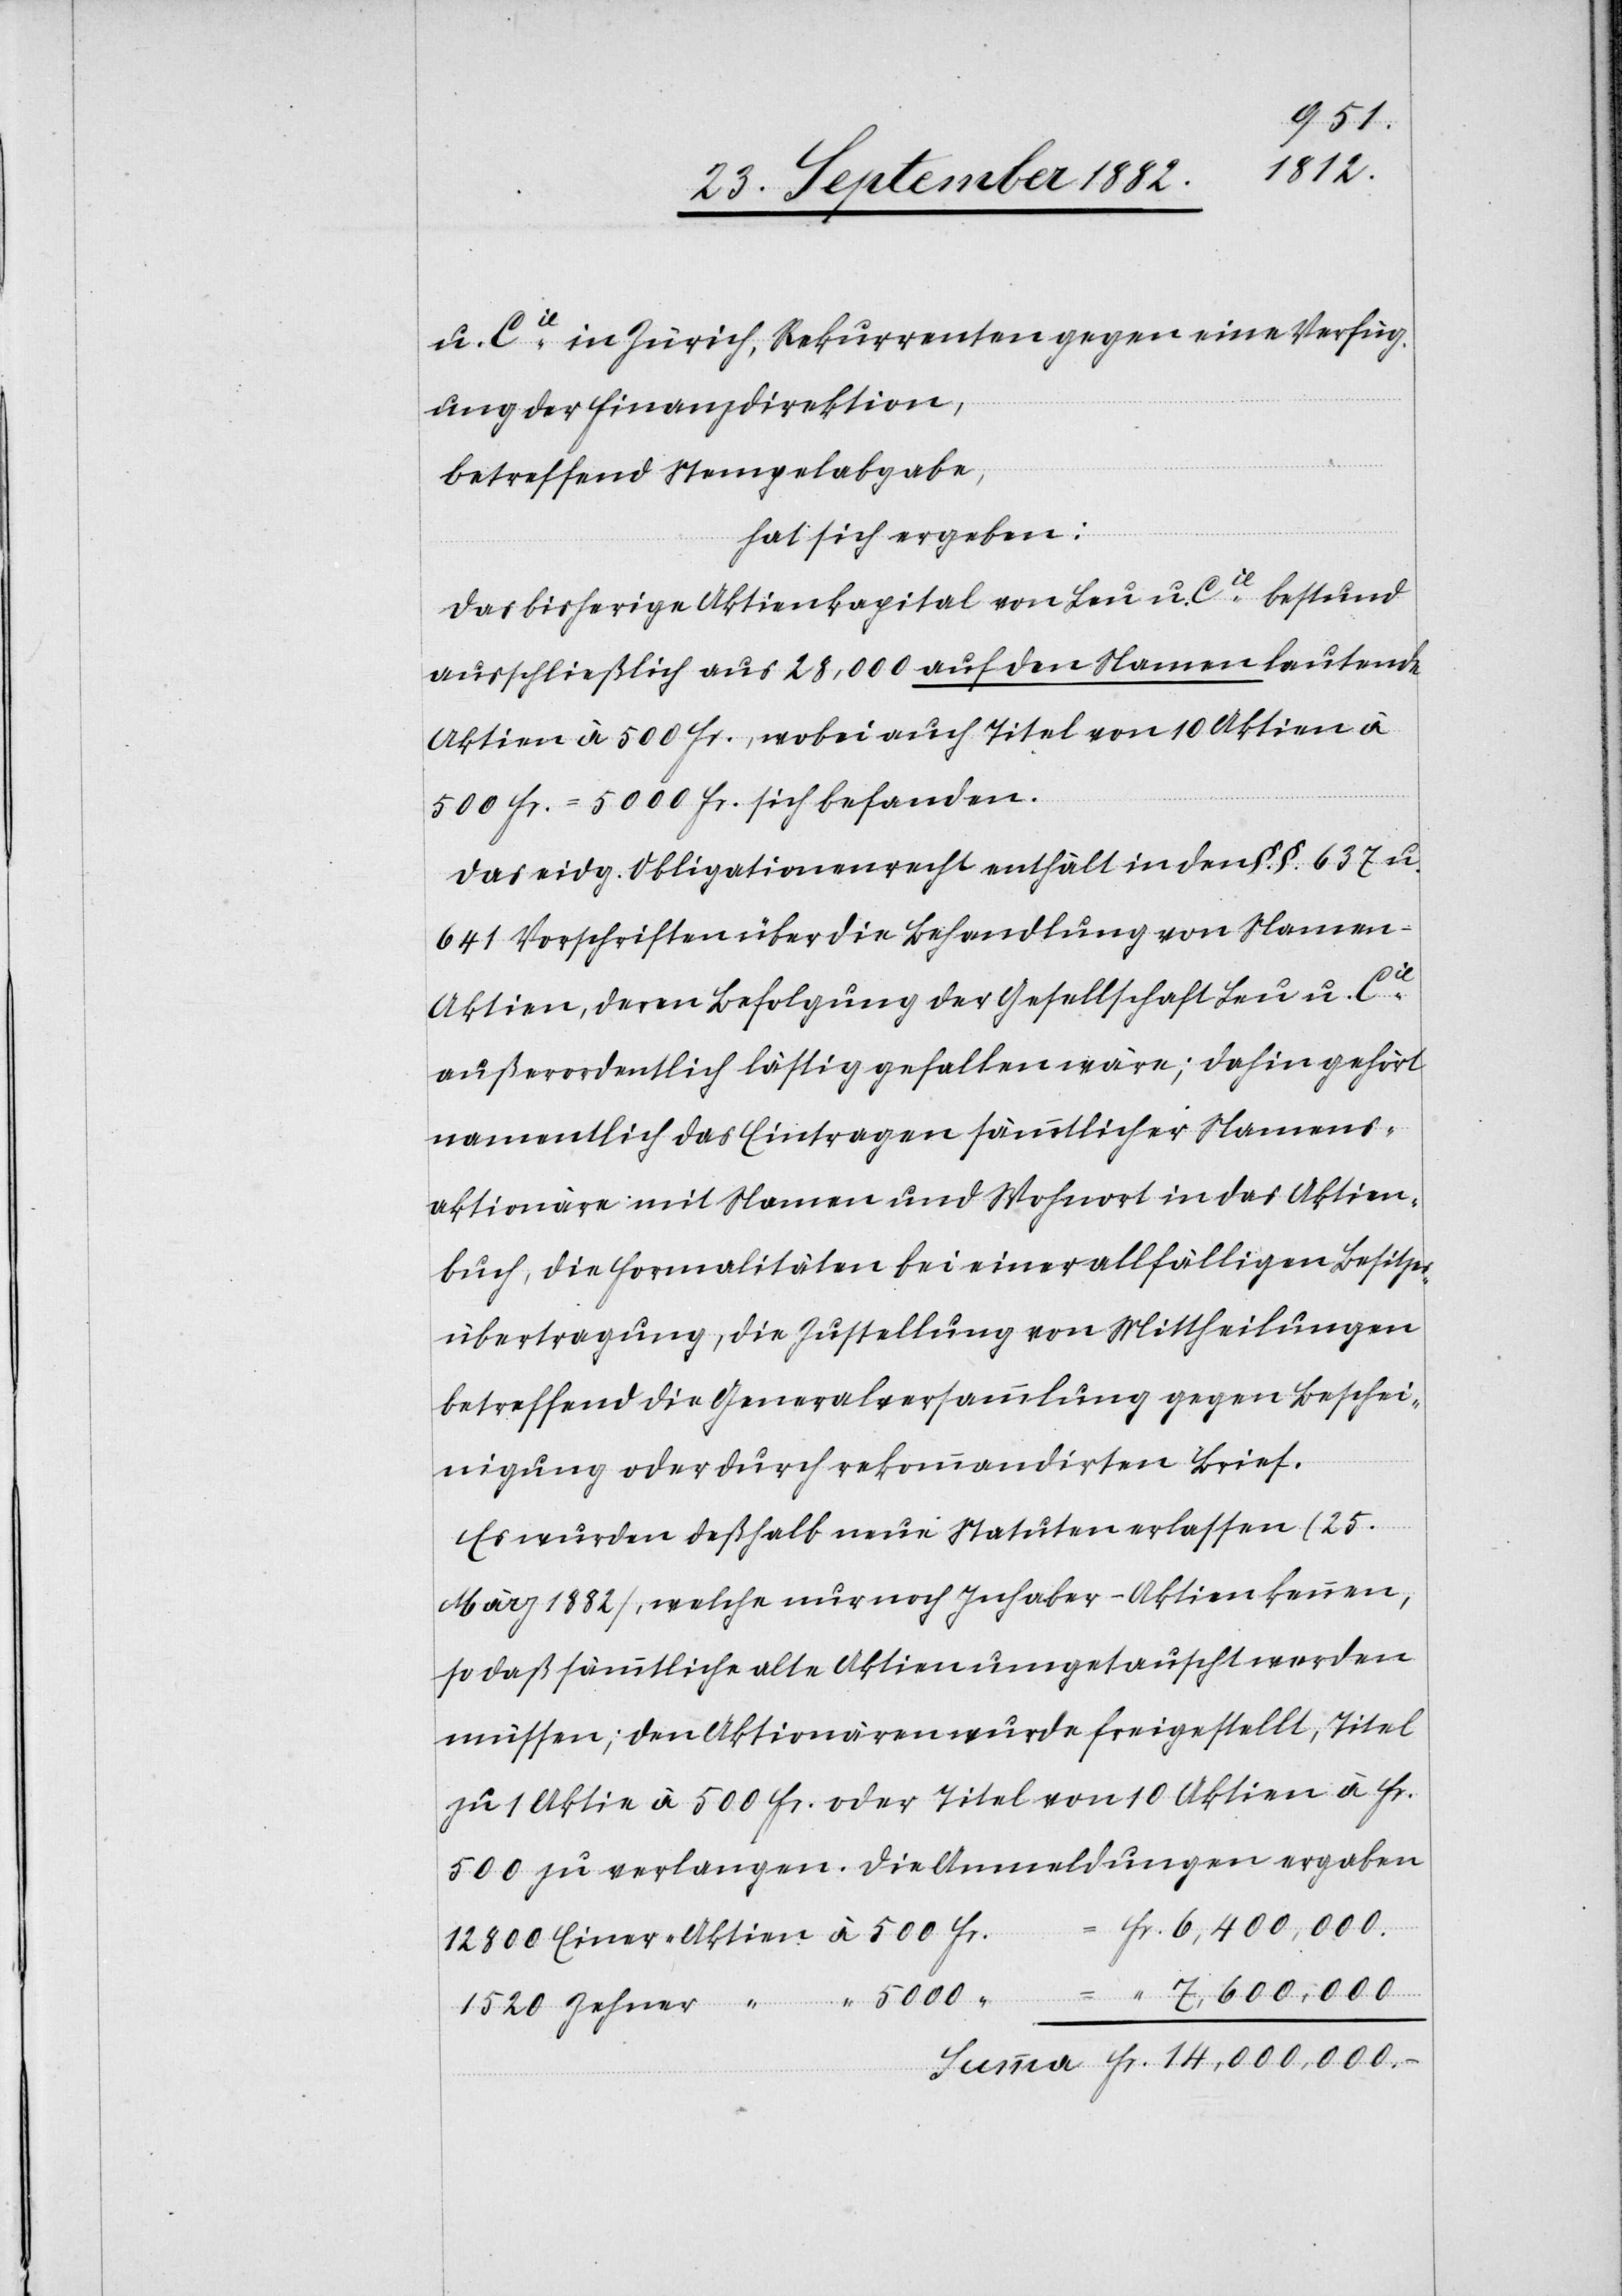
u. Cie in Zürich, Rekurrenten gegen eine Verfüg¬
ung der Finanzdirektion,
betreffend Stempelabgabe,
hat sich ergeben:
Das bisherige Aktienkapital von Leu u. Cie bestund
ausschließlich aus 28,000 auf den Namen lautende
Aktien à 500 Fr., wobei auch Titel von 10 Aktien à
500 Fr. = 5000 Fr. sich befanden.
Das eidg. Obligationenrecht enthält in den §.§. 637 u.
641 Vorschriften über die Behandlung von Name¬
n-Aktien, deren Befolgung der Gesellschaft Leu u. Cie
außerordentlich lästig gefallen wäre; dahin gehört
namentlich das Eintragen sämmtlicher Namens¬
aktionäre mit Namen und Wohnort in das Aktien¬
buch, die Formalitäten bei einer allfälligen Besitzes¬
übertragung, die Zustellung von Mittheilungen
betreffend die Generalversammlung gegen Beschei¬
nigung oder durch rekommandirten Brief.
Es wurden deßhalb neue Statuten erlassen (25.
März 1882), welche nur noch Inhaber-Aktien kennen,
so daß sämmtliche alte Aktien umgetauscht werden
müssen; den Aktionären wurde freigestellt, Titel
zu 1 Aktie à 500 Fr. oder Titel von 10 Aktien à Fr.
500 zu verlangen. Die Anmeldungen ergaben
15,000,000.–
5000